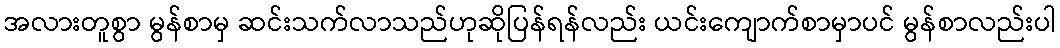
အလားတူစွာ မွန်စာမှ ဆင်းသက်လာသည်ဟုဆိုပြန်ရန်လည်း ယင်းကျောက်စာမှာပင် မွန်စာလည်းပါ